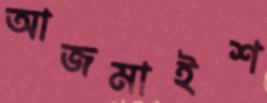
আজমাইশ